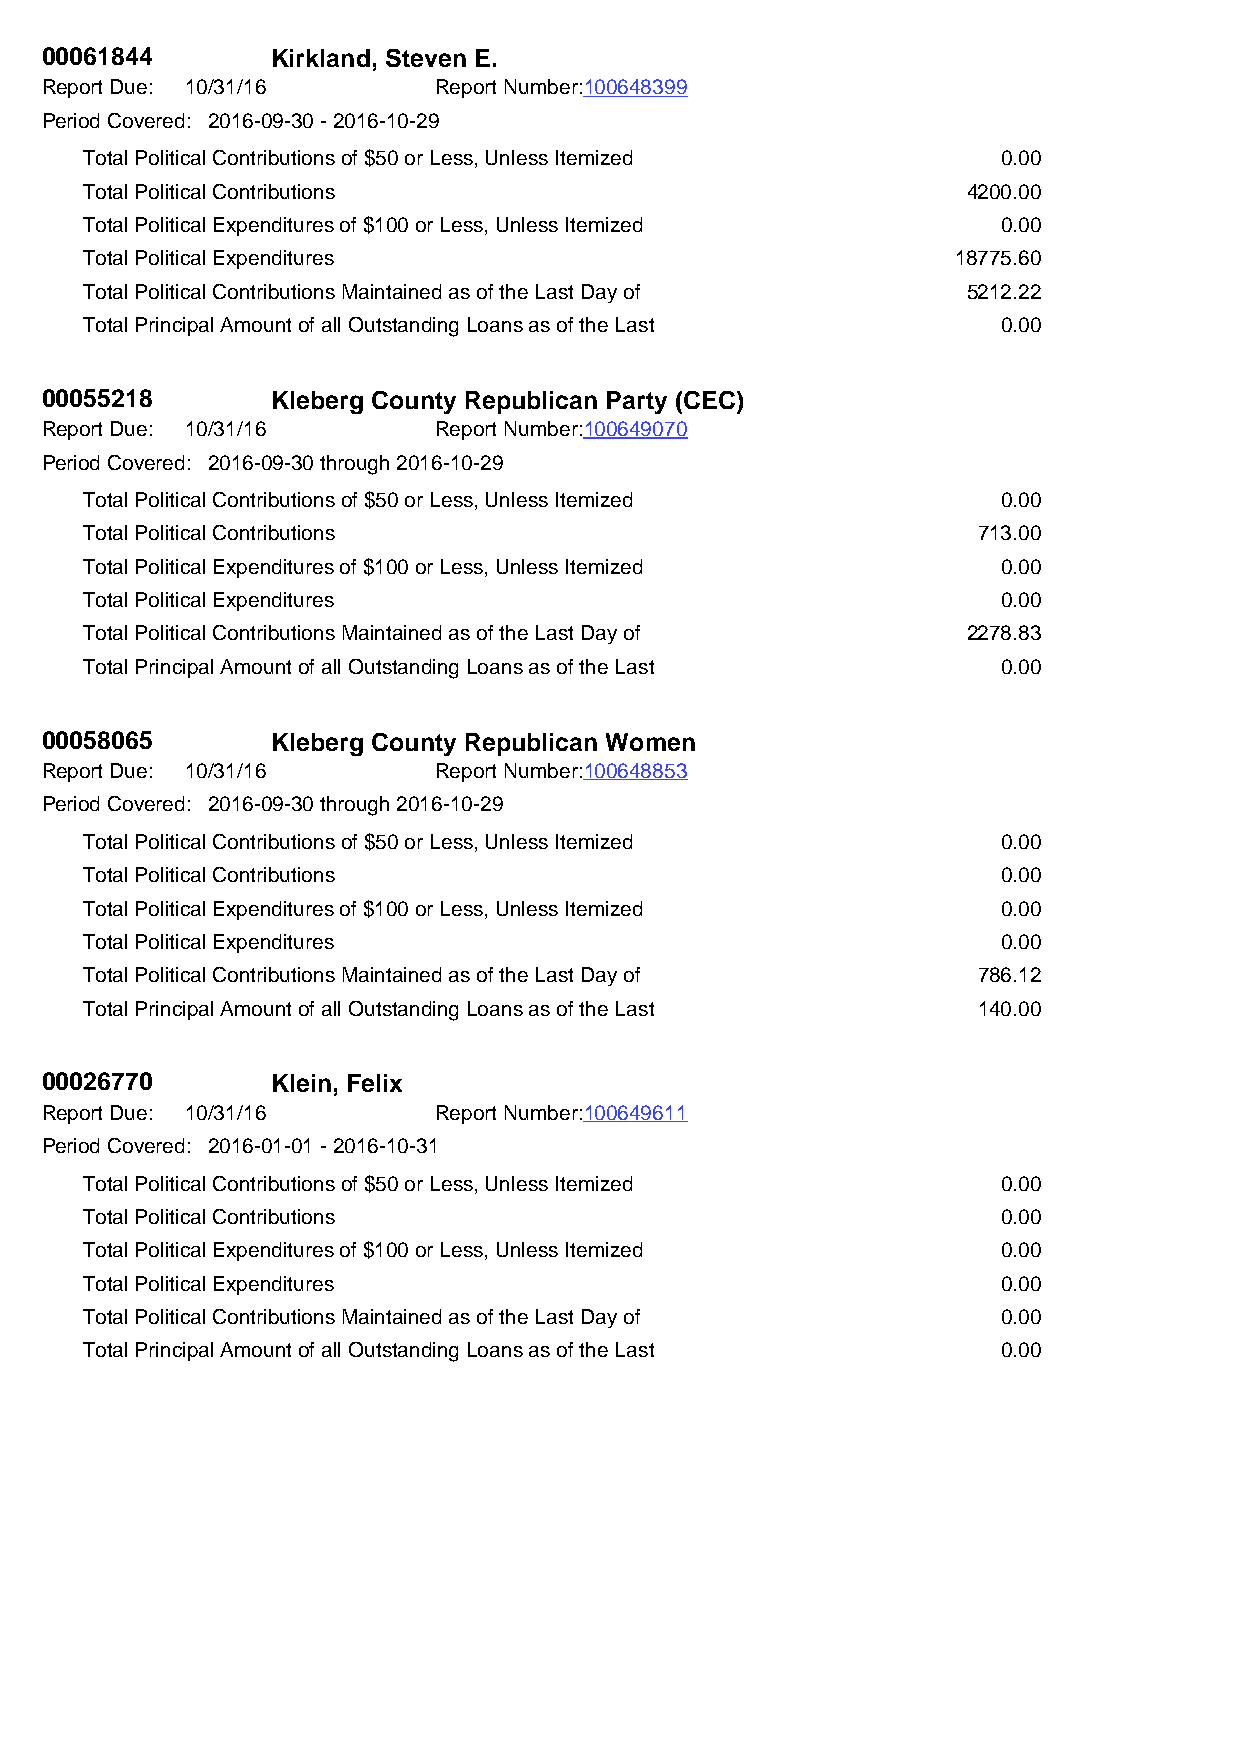
00061844       Kirkland, Steven E.
 Report Due: 10/31/16      Report Number:100648399
 Period Covered: 2016-09-30 - 2016-10-29
 Total Political Contributions of $50 or Less, Unless Itemized 0.00
 Total Political Contributions                             4200.00
 Total Political Expenditures of $100 or Less, Unless Itemized 0.00
 Total Political Expenditures                             18775.60
 Total Political Contributions Maintained as of the Last Day of 5212.22
 Total Principal Amount of all Outstanding Loans as of the Last 0.00
 00055218       Kleberg County Republican Party (CEC)
 Report Due: 10/31/16      Report Number:100649070
 Period Covered: 2016-09-30 through 2016-10-29
 Total Political Contributions of $50 or Less, Unless Itemized 0.00
 Total Political Contributions                              713.00
 Total Political Expenditures of $100 or Less, Unless Itemized 0.00
 Total Political Expenditures                                0.00
 Total Political Contributions Maintained as of the Last Day of 2278.83
 Total Principal Amount of all Outstanding Loans as of the Last 0.00
 00058065       Kleberg County Republican Women
 Report Due: 10/31/16      Report Number:100648853
 Period Covered: 2016-09-30 through 2016-10-29
 Total Political Contributions of $50 or Less, Unless Itemized 0.00
 Total Political Contributions                               0.00
 Total Political Expenditures of $100 or Less, Unless Itemized 0.00
 Total Political Expenditures                                0.00
 Total Political Contributions Maintained as of the Last Day of 786.12
 Total Principal Amount of all Outstanding Loans as of the Last 140.00
 00026770       Klein, Felix
 Report Due: 10/31/16      Report Number:100649611
 Period Covered: 2016-01-01 - 2016-10-31
 Total Political Contributions of $50 or Less, Unless Itemized 0.00
 Total Political Contributions                               0.00
 Total Political Expenditures of $100 or Less, Unless Itemized 0.00
 Total Political Expenditures                                0.00
 Total Political Contributions Maintained as of the Last Day of 0.00
 Total Principal Amount of all Outstanding Loans as of the Last 0.00